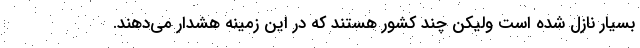
بسیار نازل شده است ولیکن چند کشور هستند که در این زمینه هشدار می‌دهند.